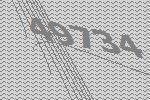
49734